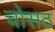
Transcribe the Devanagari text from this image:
चोसठ